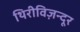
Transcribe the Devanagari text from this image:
थिरीविज़न्दूर